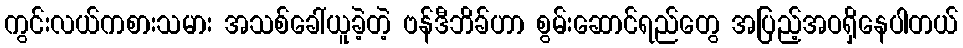
ကွင်းလယ်ကစားသမား အသစ်ခေါ်ယူခဲ့တဲ့ ဗန်ဒီဘိခ်ဟာ စွမ်းဆောင်ရည်တွေ အပြည့်အဝရှိနေပါတယ်